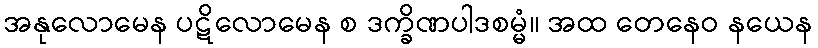
အနုလောမေန ပဋိလောမေန စ ဒက္ခိဏပါဒစမ္မံ။ အထ တေနေဝ နယေန